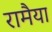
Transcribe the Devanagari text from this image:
रामैया